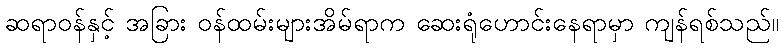
ဆရာဝန်နှင့် အခြား ဝန်ထမ်းများအိမ်ရာက ဆေးရုံဟောင်းနေရာမှာ ကျန်ရစ်သည်။